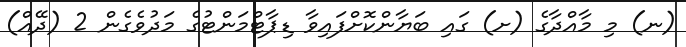
(ނ) މި މާއްދާގެ (ށ) ގައި ބަޔާންކޮށްފައިވާ ޑިޕާޓްމަންޓުގެ މަދުވެގެން 2 (ދޭއް)